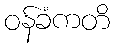
ဝန်ခံကတိ